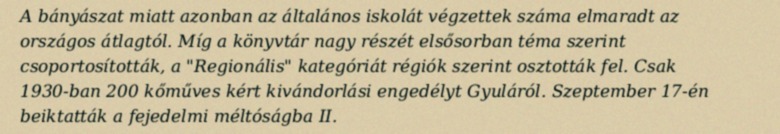
A bányászat miatt azonban az általános iskolát végzettek száma elmaradt az országos átlagtól. Míg a könyvtár nagy részét elsősorban téma szerint csoportosították, a "Regionális" kategóriát régiók szerint osztották fel. Csak 1930-ban 200 kőműves kért kivándorlási engedélyt Gyuláról. Szeptember 17-én beiktatták a fejedelmi méltóságba II.